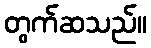
တွက်ဆသည်။